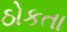
ઠોકતા